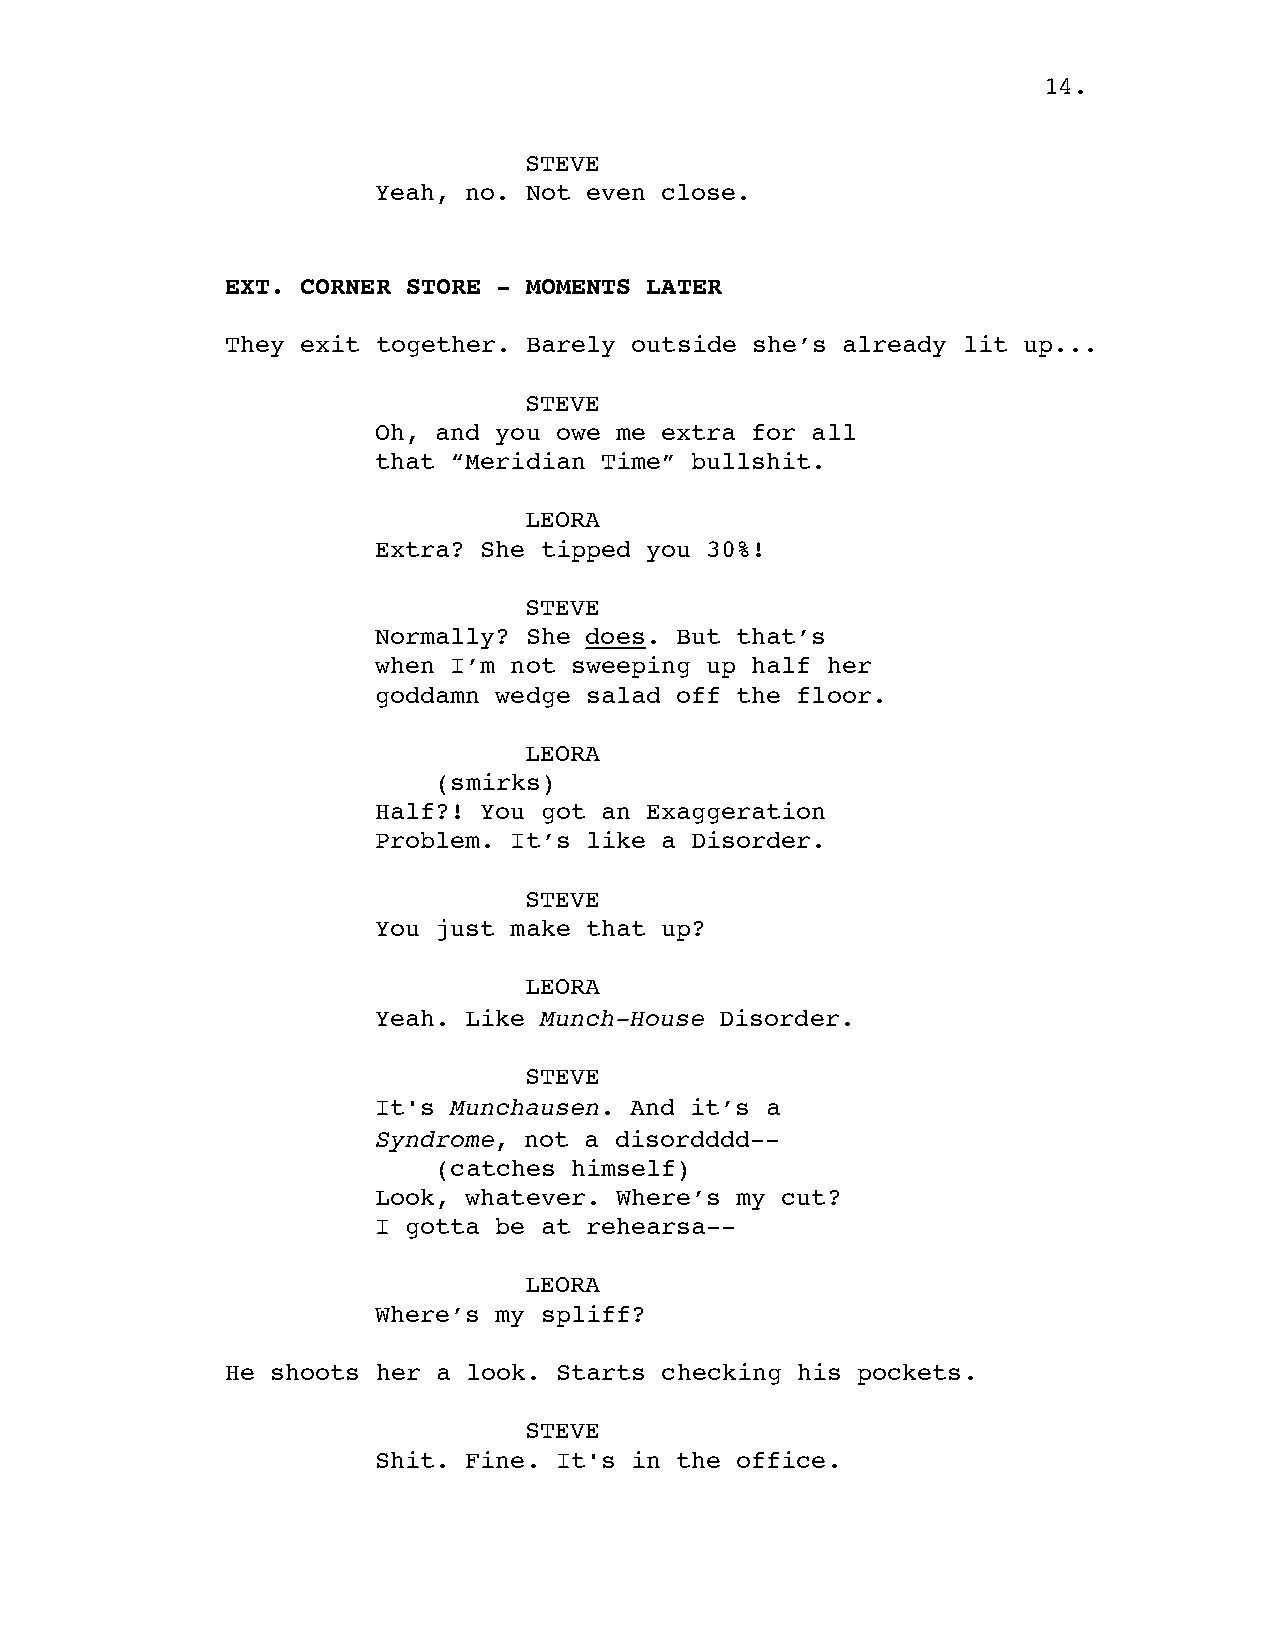
14.
 STEVE
 Yeah, no. Not even close.
 EXT. CORNER STORE - MOMENTS LATER
 They exit together. Barely outside she’s already lit up...
 STEVE
 Oh, and you owe me extra for all
 that “Meridian Time” bullshit.
 LEORA
 Extra? She tipped you 30%!
 STEVE
 Normally? She does. But that’s
 when I’m not sweeping up half her
 goddamn wedge salad off the floor.
 LEORA
 (smirks)
 Half?! You got an Exaggeration
 Problem. It’s like a Disorder.
 STEVE
 You just make that up?
 LEORA
 Yeah. Like Munch-House Disorder.
 STEVE
 It's Munchausen. And it’s a
 Syndrome, not a disordddd--
 (catches himself)
 Look, whatever. Where’s my cut?
 I gotta be at rehearsa--
 LEORA
 Where’s my spliff?
 He shoots her a look. Starts checking his pockets.
 STEVE
 Shit. Fine. It's in the office.